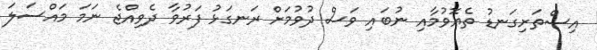
އިސްތަށިގަނޑު ތެޔޮވުމާއި ނުބައި ވަސް ދުވުމަށް ރަނގަޅު ފަރުވާ ދެވިއްޖެ ނަމަ މައްސަލަ